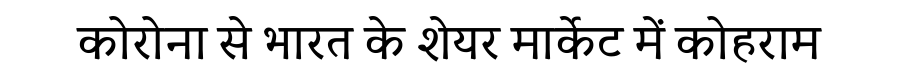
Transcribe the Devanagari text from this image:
कोरोना से भारत के शेयर मार्केट में कोहराम